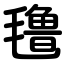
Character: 氇